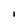
Character: l